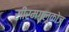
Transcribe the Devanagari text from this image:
सीरमग्लूकोज़